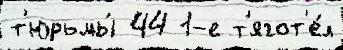
т'юрьмы́ 44 1-е т'ягот'е́л